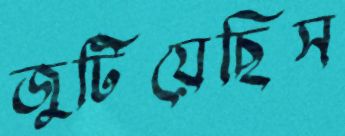
জুটিয়েছিস